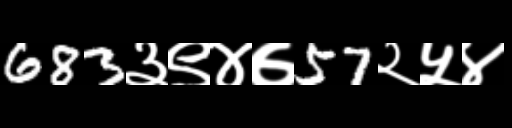
Text: 683३९४७57२५४